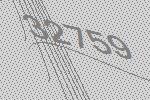
32759